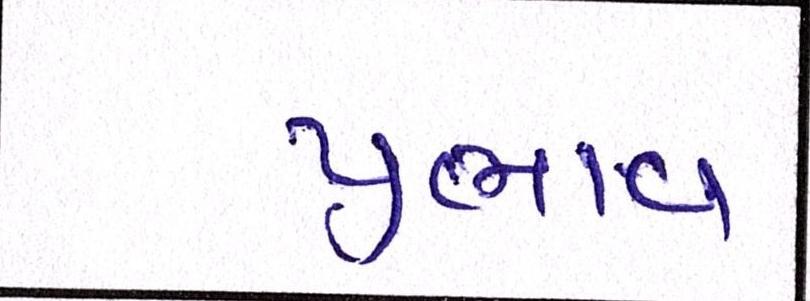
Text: પ્રભાવ